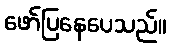
ဖော်ပြနေပေသည်။